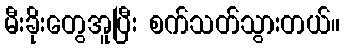
မီးခိုးတွေအူပြီး စက်သတ်သွားတယ်။